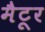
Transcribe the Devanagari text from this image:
मैटूर